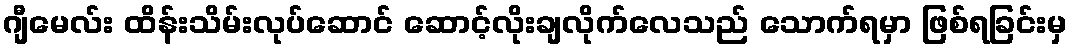
ဂျီမေလ်း ထိန်းသိမ်းလုပ်ဆောင် ဆောင့်လိုးချလိုက်လေသည် သောက်ရမှာ ဖြစ်ရခြင်းမှ